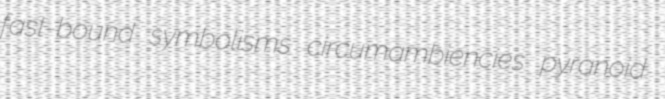
fast-bound symbolisms circumambiencies pyranoid